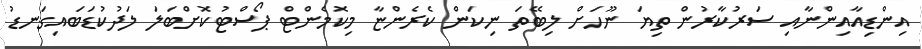
އިންޑިއާއިންނާއި ސަރުކާރުން ތިޔަ ނޫހަށް ލިބޭތަ ނިކަން ކެރެންޏާ މިކޮމެންޓް ޕޯސްޓުކޮށްބަލަ ލަދުކުޑަބައިގަނޑު